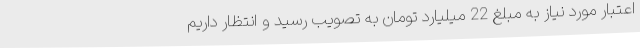
اعتبار مورد نیاز به مبلغ 22 میلیارد تومان به تصویب رسید و انتظار داریم